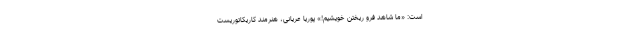
است: «ما شاهد فرو ریختن خویشیم!» پوریا عریانی، هنرمند کاریکاتوریست